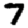
Digit: 7